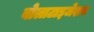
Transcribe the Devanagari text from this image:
वोलाटाइजेशन